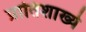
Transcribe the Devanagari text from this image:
प्रातिशाख्ये